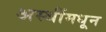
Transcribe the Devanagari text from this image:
अस्थींमधून